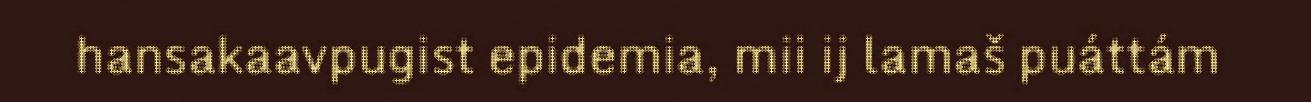
hansakaavpugist epidemia, mii ij lamaš puáttám